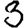
Digit: 3